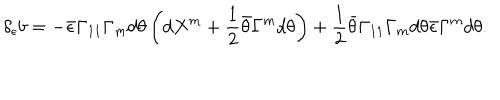
\delta _ { \epsilon } b = - \bar { \epsilon } \Gamma _ { 1 1 } \Gamma _ { m } d \theta \left( d X ^ { m } + { \frac { 1 } { 2 } } \bar { \theta } \Gamma ^ { m } d \theta \right) + { \frac { 1 } { 2 } } \bar { \theta } \Gamma _ { 1 1 } \Gamma _ { m } d \theta \bar { \epsilon } \Gamma ^ { m } d \theta .